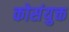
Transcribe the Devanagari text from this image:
कोसंयुक्त